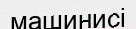
машинисі